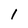
Character: I